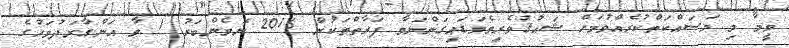
ވީމާ މި މަސައްކަތްކުރެއްވުމަށް ޝައުޤުވެރިވެވަޑައިގަންނަވާ ފަރާތްތަކުން 2016 ނޮވެންބަރު 1 ވާ އަންގާރަދުވަހުގެ